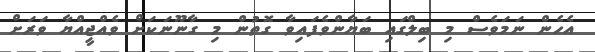
އެހެން ނަމަވެސް މި ބިލްގައި ބަޔާންވެފައިވާ ގޮތުން މި ގާނޫނަކަށް ވެއްޖީއްޔާ ވަރަށް